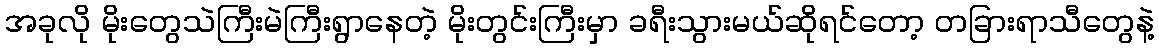
အခုလို မိုးတွေသဲကြီးမဲကြီးရွာနေတဲ့ မိုးတွင်းကြီးမှာ ခရီးသွားမယ်ဆိုရင်တော့ တခြားရာသီတွေနဲ့